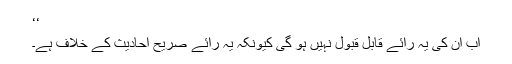
‘‘
اب ان کی یہ رائے قابلِ قبول نہیں ہو گی کیونکہ یہ رائے صریح احادیث کے خلاف ہے۔